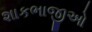
શાકભાજીઓ